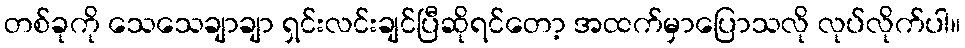
တစ်ခုကို သေသေချာချာ ရှင်းလင်းချင်ပြီဆိုရင်တော့ အထက်မှာပြောသလို လုပ်လိုက်ပါ။